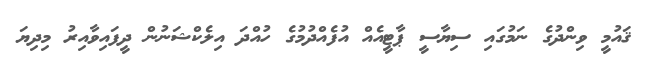
ޤައުމީ ވިންދުގެ ނަމުގައި ސިޔާސީ ޕާޓީއެއް އުފެއްދުމުގެ ހުއްދަ އިލެކްޝަނުން ދީފައިވާއިރު މިދިޔަ